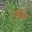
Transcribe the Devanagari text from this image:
फ्राप